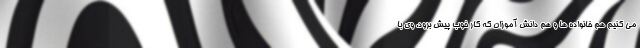
می کنیم هم خانواده ها و هم دانش آموزان که کار خوب پیش برود. وی با